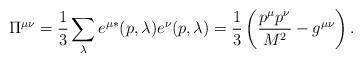
LaTeX: \begin{align*}\Pi^{\mu\nu}=\frac{1}{3}\sum_{\lambda}e^{\mu *}(p,\lambda)e^{\nu }(p,\lambda)=\frac{1}{3}\left(\frac{p^{\mu}p^{\nu}}{M^2}-g^{\mu\nu}\right).\end{align*}